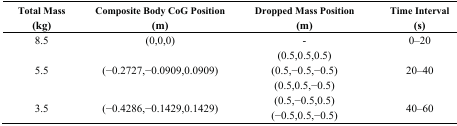
<table><thead><tr><td><b>Total Mass (kg)</b></td><td><b>Composite Body CoG Position (m)</b></td><td><b>Dropped Mass Position (m)</b></td><td><b>Time Interval (s)</b></td></tr></thead><tbody><tr><td>8.5</td><td>(0,0,0)</td><td>-</td><td>0–20</td></tr><tr><td></td><td></td><td>(0.5,0.5,0.5)</td><td></td></tr><tr><td>5.5</td><td>(−0.2727,−0.0909,0.0909)</td><td>(0.5,−0.5,−0.5)</td><td>20–40</td></tr><tr><td></td><td></td><td>(0.5,0.5,−0.5)</td><td></td></tr><tr><td rowspan="2">3.5</td><td rowspan="2">(−0.4286,−0.1429,0.1429)</td><td>(0.5,−0.5,0.5)</td><td rowspan="2">40–60</td></tr><tr><td>(−0.5,0.5,−0.5)</td></tr></tbody></table>